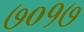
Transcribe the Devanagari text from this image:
७०१७